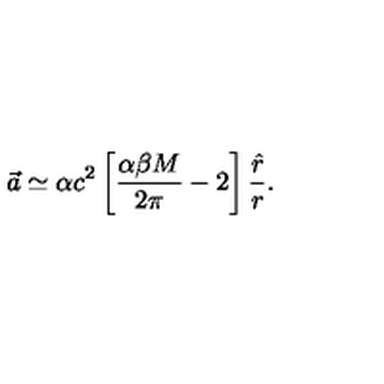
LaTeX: \vec { a } \simeq \alpha c ^ { 2 } \left[ \frac { \alpha \beta M } { 2 \pi } - 2 \right] \frac { \hat { r } } { r } .